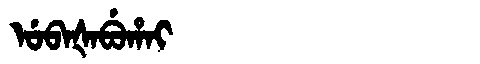
Manchu: ᡠᠪᠠᡧᠠᠪᡠᡥᠠᡳ
Romanization: UBAŠABUHAI